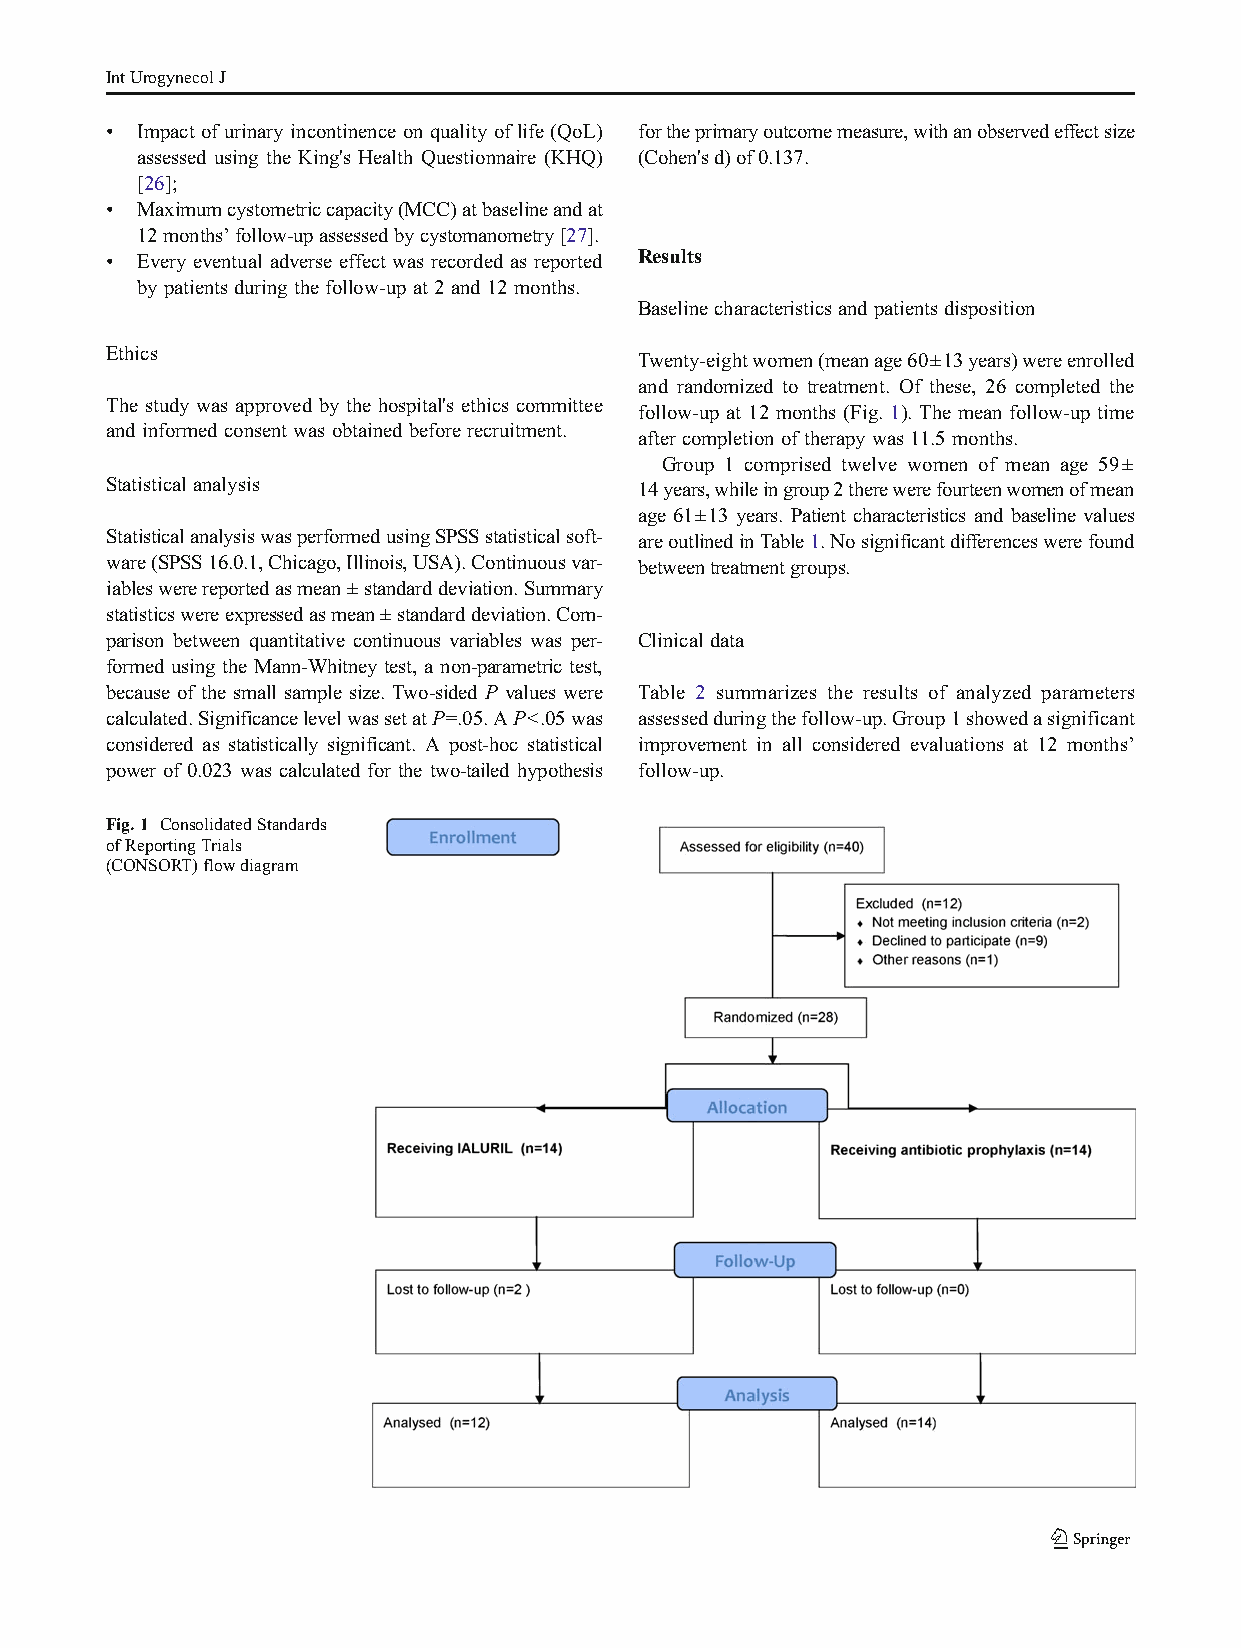
IntUrogynecolJ
 & Impact of urinary incontinence on quality of life (QoL) fortheprimaryoutcomemeasure,withanobservedeffectsize
 assessed using the King's Health Questionnaire (KHQ) (Cohen'sd)of0.137.
 [26];
 & Maximumcystometriccapacity(MCC)atbaselineandat
 12months’follow-upassessedbycystomanometry[27].
 & Every eventual adverse effect was recorded as reported Results
 by patients during thefollow-up at2 and 12months.
 Baselinecharacteristics andpatients disposition
 Ethics
 Twenty-eightwomen(meanage60±13years)wereenrolled
 and randomized to treatment. Of these, 26 completed the
 The study was approved by the hospital's ethics committee
 follow-up at 12 months (Fig. 1). The mean follow-up time
 and informed consent was obtained before recruitment.
 after completion oftherapy was 11.5months.
 Group 1 comprised twelve women of mean age 59±
 Statisticalanalysis                14years,whileingroup2therewerefourteenwomenofmean
 age 61±13 years. Patient characteristics and baseline values
 StatisticalanalysiswasperformedusingSPSSstatisticalsoft- areoutlinedinTable1.Nosignificantdifferenceswerefound
 ware(SPSS16.0.1,Chicago,Illinois,USA).Continuousvar- betweentreatmentgroups.
 iableswerereportedasmean±standarddeviation.Summary
 statisticswereexpressedasmean±standarddeviation.Com-
 parison between quantitative continuous variables was per- Clinicaldata
 formed using the Mann-Whitney test, a non-parametric test,
 because of the small sample size. Two-sided P values were Table 2 summarizes the results of analyzed parameters
 calculated.SignificancelevelwassetatP0.05.AP<.05was assessedduringthefollow-up.Group1showedasignificant
 considered as statistically significant. A post-hoc statistical improvement in all considered evaluations at 12 months’
 power of 0.023 was calculated for the two-tailed hypothesis follow-up.
 Fig.1 ConsolidatedStandards
 ofReportingTrials
 (CONSORT)flowdiagram